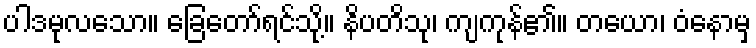
ပါဒမုလသော။ ခြေတော်ရင်သို့။ နိပတိသု၊ ကျကုန်၏။ တယော၊ ဝံနောမှ